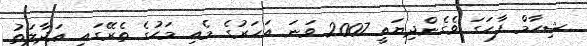
ޝިހާމް ފާހަގަ ވެގެންދިޔައީ 2007 ވަނަ އަހަރުގެ މެއި މަހުގެ ތެރޭގައި ޢަދާލަތު